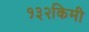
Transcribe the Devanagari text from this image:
१३२किमी